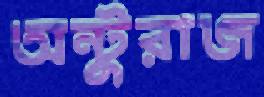
অন্টুরাজ